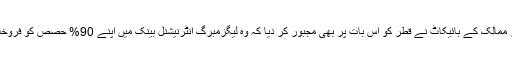
گروپ چار ممالک کے بائیکاٹ نے قطر کو اس بات پر بھی مجبور کر دیا کہ وہ لیگزمبرگ انٹرنیشنل بینک میں اپنے 90% حصص کو فروخت کر دے۔